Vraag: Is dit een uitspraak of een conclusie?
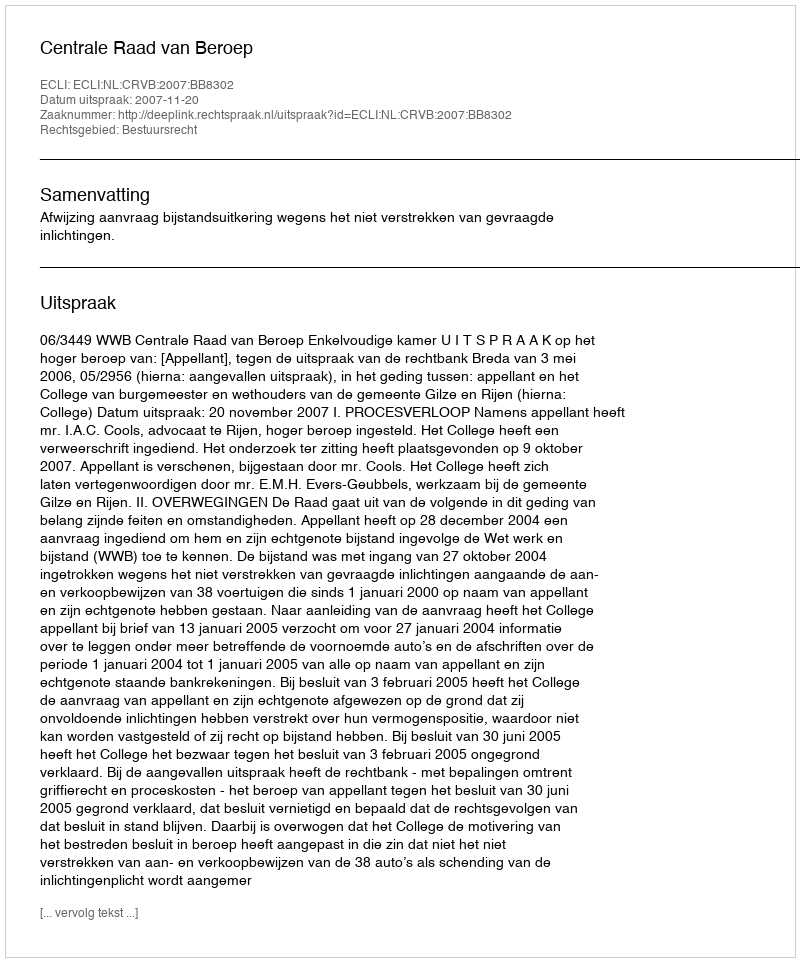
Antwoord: Uitspraak